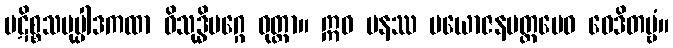
ပဋိစ္စသမုပ္ပါဒကထာ ဝိသုဒ္ဓိမဂ္ဂေ ဝုတ္တာ။ ဣဓ ပနဿ ပယောဇနမတ္တမေဝ ဝေဒိတဗ္ဗံ။